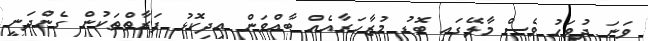
ވަނަ ދުވަހު ވެސް މާލޭގައި ބޮޑު މުޒާހަރާއެއް ބާއްވަން އިދިކޮޅު ފަރާތްތަކުން ގެންދަނީ